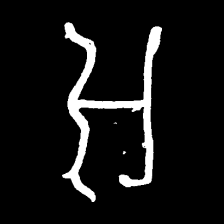
Pyu character \u2014 Myanmar letter: အ (romanized: a)